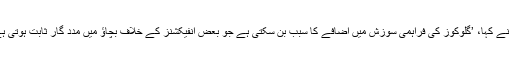
مانچسٹر یونیورسٹی کے سرکردہ سائنس دان پروفیسر اینڈریو میک ڈونلڈ نے کہا، ’گلوکوز کی فراہمی سوزش میں اضافے کا سبب بن سکتی ہے جو بعض انفیکشنز کے خلاف بچاؤ میں مدد گار ثابت ہوتی ہے.عین ممکن ہے کہ مختصر مدت کی یہ تھراپی ایک دن کام کر سکے۔